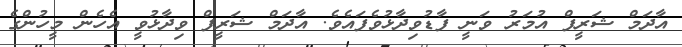
އާދަމް ޝަރީފް އުމަރު ވަނީ ފާޑުވިދާޅުވެފައެވެ. އާދަމް ޝަރީފް ވިދާޅުވީ އެހެން މީހުންގެ